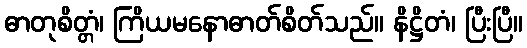
ဓာတုစိတ္တံ၊ ကြိယမနောဓာတ်စိတ်သည်။ နိဋ္ဌိတံ၊ ပြီးပြီ။